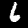
Label: 6